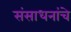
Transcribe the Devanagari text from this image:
संसाधनांचे